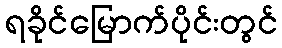
ရခိုင်မြောက်ပိုင်းတွင်